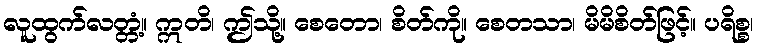
လူထွက်လတ္တံ့။ ဣတိ၊ ဤသို့။ စေတော၊ စိတ်ကို။ စေတသာ၊ မိမိစိတ်ဖြင့်။ ပရိစ္စ၊